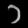
Digit: ၁